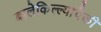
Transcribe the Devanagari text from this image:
बालेकिल्ल्यांपैकी